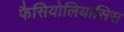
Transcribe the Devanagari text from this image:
फैसियोलियासिस